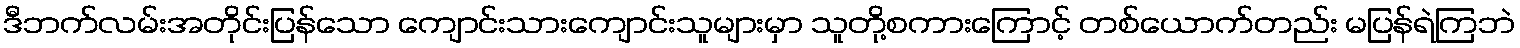
ဒီဘက်လမ်းအတိုင်းပြန်သော ကျောင်းသားကျောင်းသူများမှာ သူတို့စကားကြောင့် တစ်ယောက်တည်း မပြန်ရဲကြဘဲ